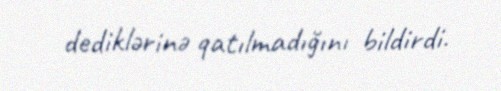
dediklərinə qatılmadığını bildirdi.